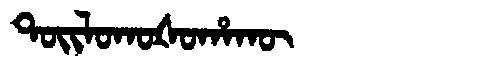
Manchu: ᡨᠣᡳᠯᠣᡴᠣᡧᠣᡥᠠᡴᡡ
Romanization: TOILOKOŠOHAKŪ